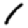
Digit: 1